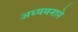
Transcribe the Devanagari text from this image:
अध्ययनाने